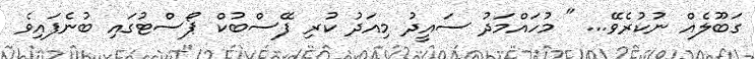
ގަބޫލެއް ނުކުރެވޭ... " މުހައްމަދު ސައީދު މިއަދު ކުރި ފޭސްބުކް ޕޯސްޓުގައި ބުނެފައިވެ